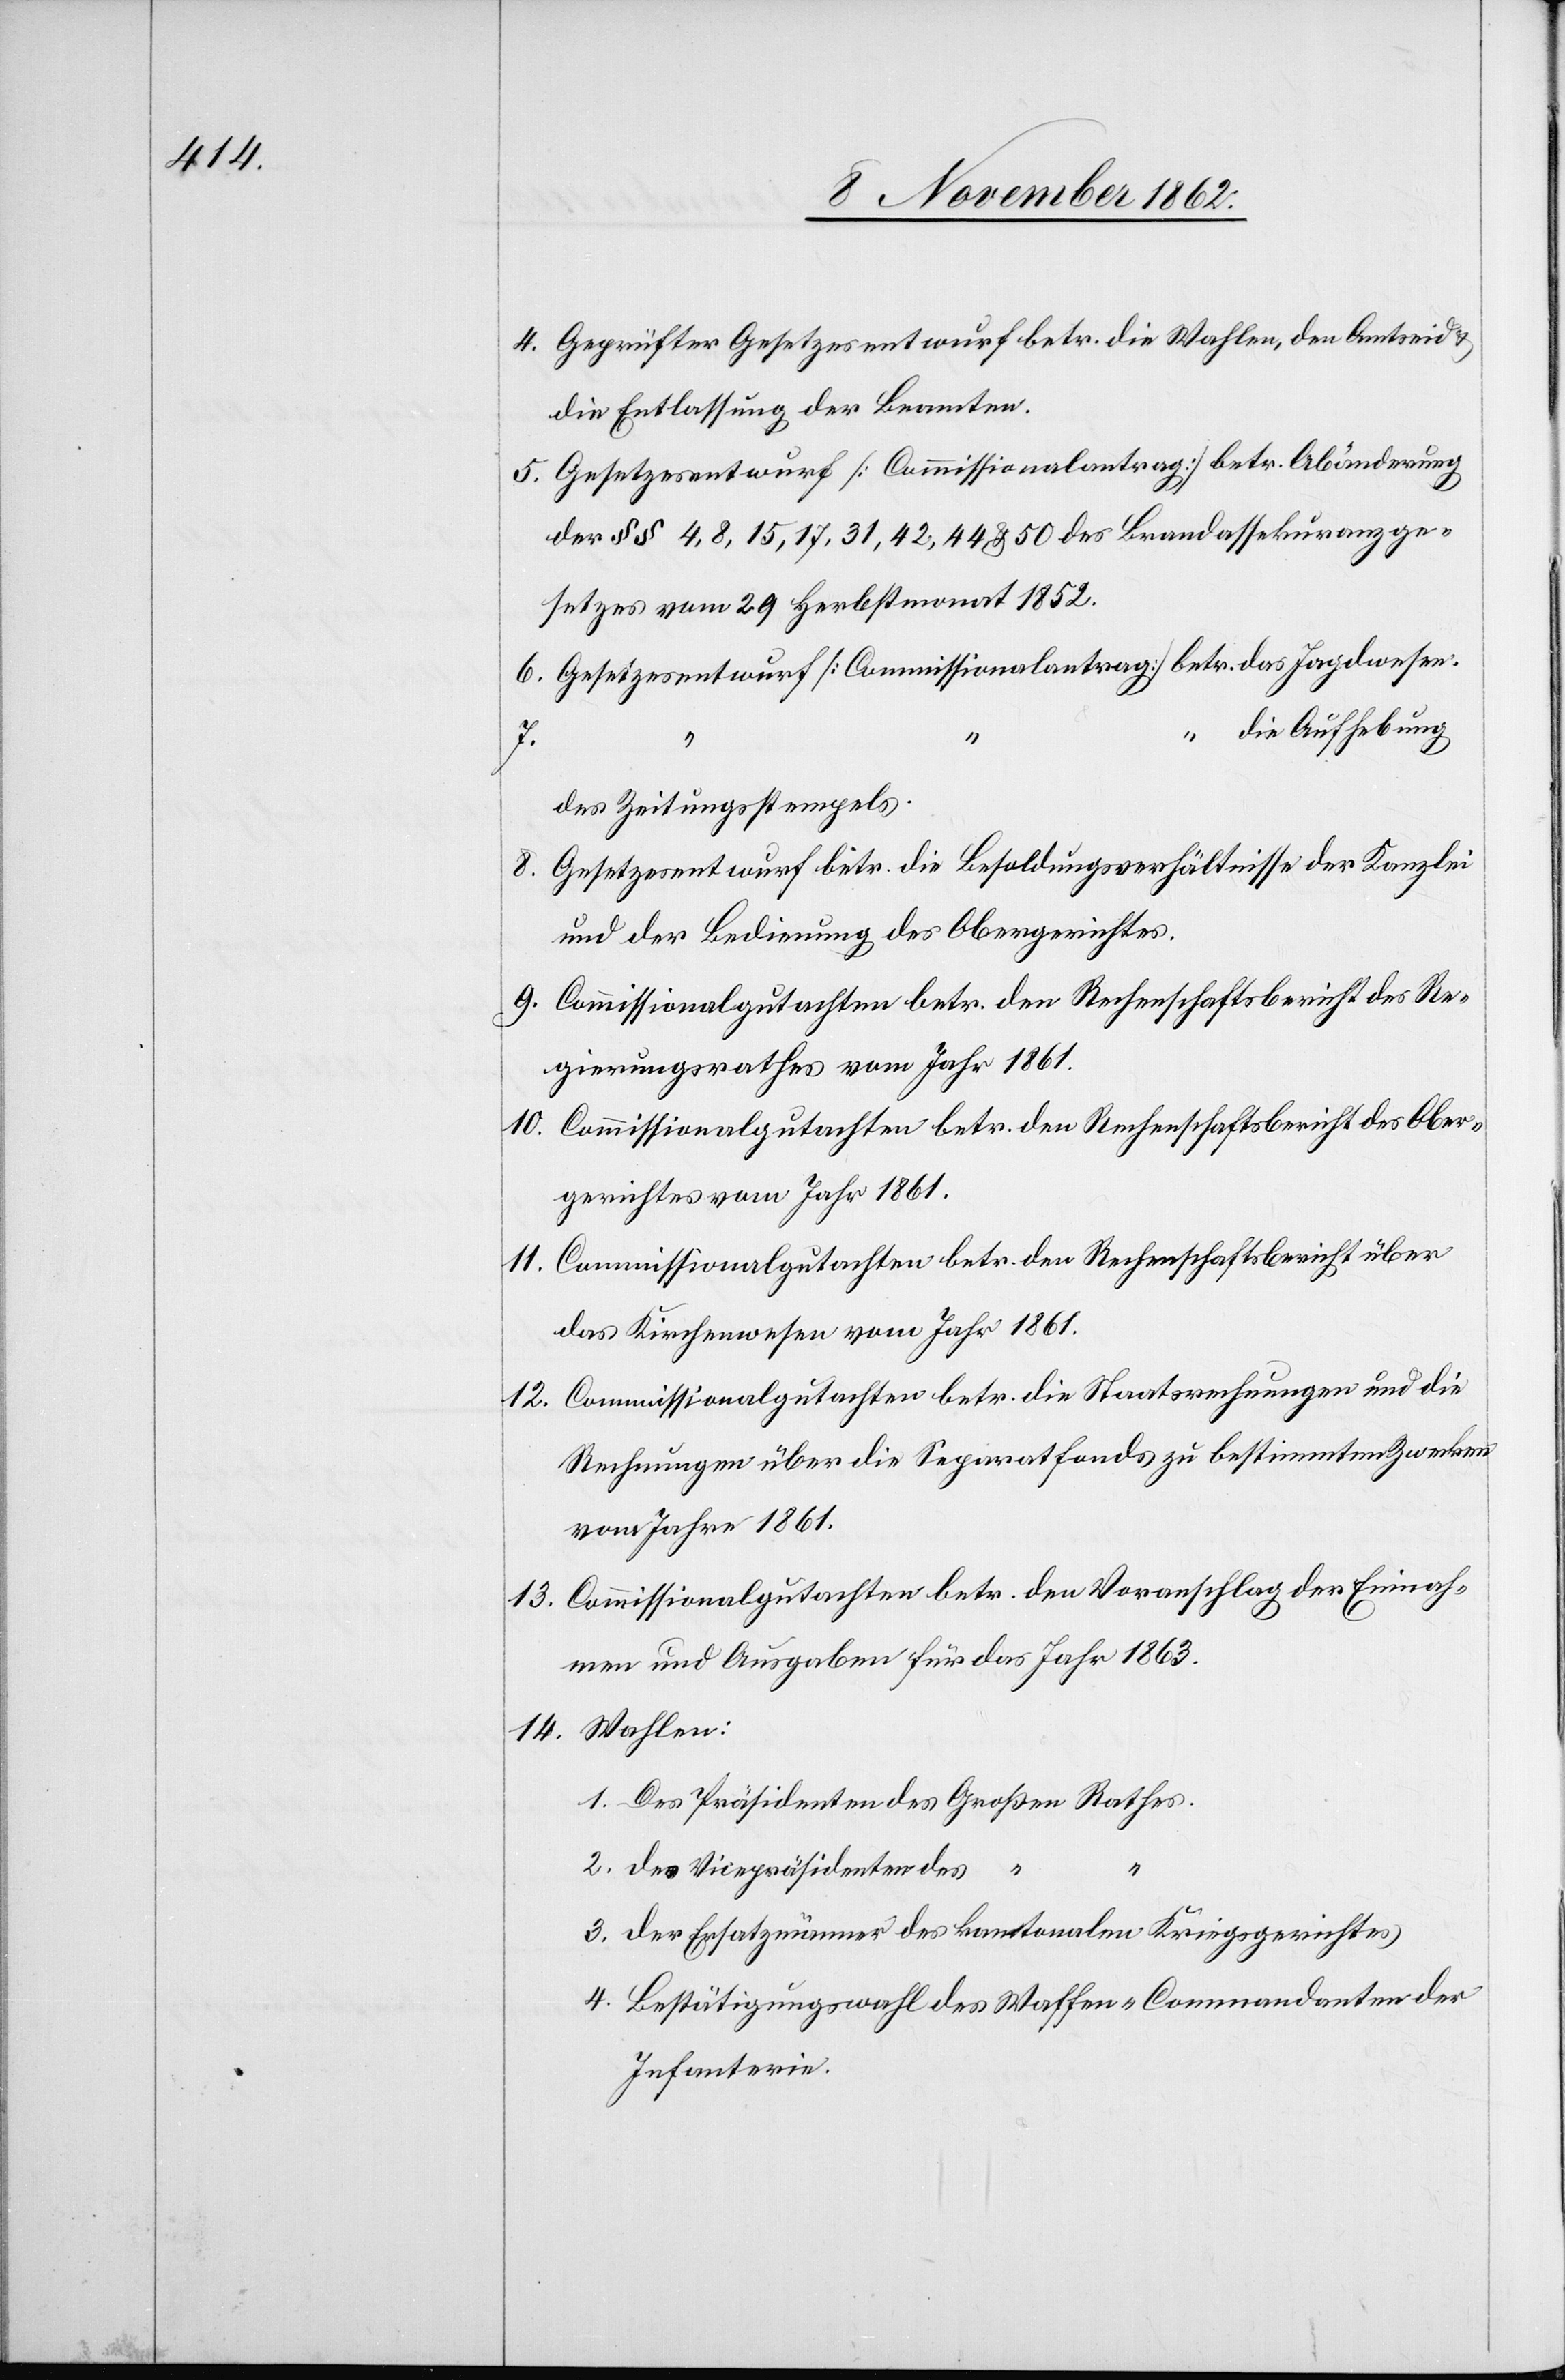
4. Geprüfter Gesetzesentwurf betr. die Wahlen, den Amtseid u.
die Entlassung der Beamten.
5. Gesetzesentwurf [Commissionalantrag] betr. Abänderung
der §§ 4, 8, 15, 17, 31, 42, 44 u. 50 des Brandassekurange¬
setzes vom 29. Herbstmonat 1852.
die Aufhebung
3.
des Zeitungsstempels.
8. Gesetzesentwurf betr. die Besoldungsverhältnisse der Kanzlei
und der Bedienung des Obergerichtes.
9. Commissionalgutachten betr. den Rechenschaftsbericht des Re¬
gierungsrathes vom Jahr 1861.
10. Commissionalgutachten betr. den Rechenschaftsbericht des Ober¬
gerichtes vom Jahr 1861.
11. Commissionalgutachten betr. den Rechenschaftsbericht über
das Kirchenwesen vom Jahr 1861.
12. Commissionalgutachten betr. die Staatsrechnungen und die
Rechnungen über die Separatfonds zu bestimmten Zwecken
vom Jahre 1861.
13. Commissionalgutachten betr. den Voranschlag der Einnah¬
men und Ausgaben für das Jahr 1863.
14. Wahlen:
des Vicepräsidenten des
der Ersatzmänner des kantonalen Kriegsgerichtes,
Bestätigungswahl des Waffen-Commandanten der
Infanterie.